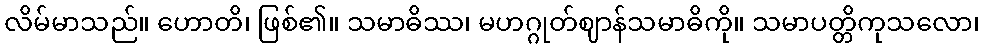
လိမ်မာသည်။ ဟောတိ၊ ဖြစ်၏။ သမာဓိဿ၊ မဟဂ္ဂုတ်ဈာန်သမာဓိကို။ သမာပတ္တိကုသလော၊